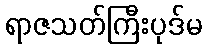
ရာဇသတ်ကြီးပုဒ်မ